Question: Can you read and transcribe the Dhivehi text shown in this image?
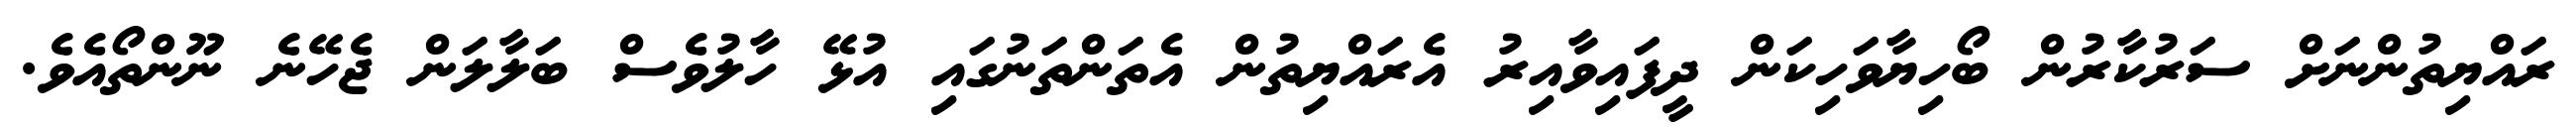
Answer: ރައްޔިތުންނަށް ސަރުކާރުން ބޯހިޔާވަހިކަން ދީފައިވާއިރު އެރައްޔިތުން އެތަންތަނުގައި އުޅޭ ހާލުވެސް ބަލާލަން ޖެހޭނެ ނޫންތޯއެވެ.